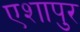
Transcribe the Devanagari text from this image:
एशापुर